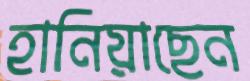
হানিয়াছেন